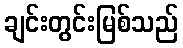
ချင်းတွင်းမြစ်သည်